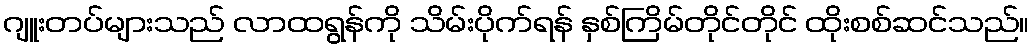
ဂျူးတပ်များသည် လာထရွန်ကို သိမ်းပိုက်ရန် နှစ်ကြိမ်တိုင်တိုင် ထိုးစစ်ဆင်သည်။